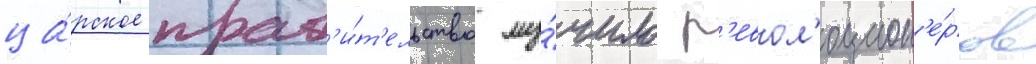
ца́рское прав'и́т'ельство му́чило р'евол'юцион'е́ров